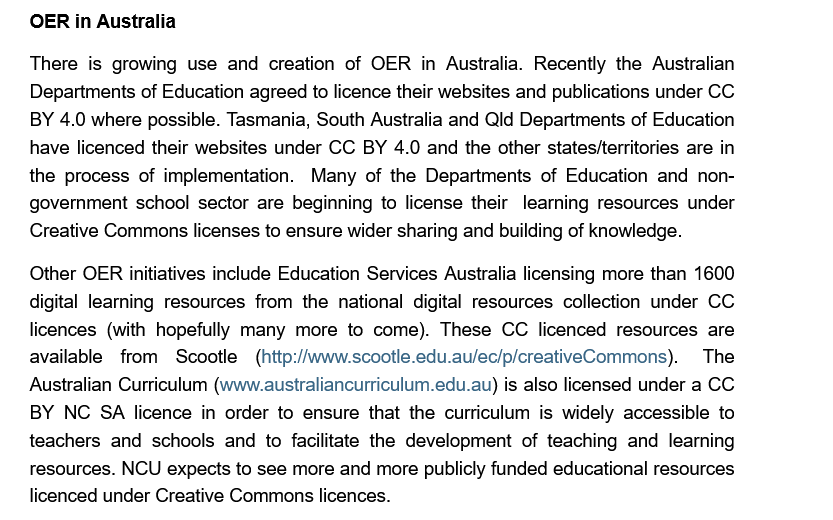
OER in Australia
    There is growing use and creation of OER in Australia. Recently the Australian
    Departments of Education agreed to licence their websites and publications under CC.
    BY 4.0 where possible. Tasmania, South Australia and Qld Departments of Education
    have licenced their websites under CC BY 4.0 and the other states/territories are in
    the process of implementation. Many of the Departments of Education and non-
    government school sector are beginning to license their learning resources under
    Creative Commons licenses to ensure wider sharing and building of knowledge.
    Other OER initiatives include Education Services Australia licensing more than 1600
    digital learning resources from the national digital resources collection under CC
    licences (with hopefully many more to come). These CC licenced resources are
    available from Scootle  (http://www.scootle.edu.au/ec/p/creativeCommons). The
    Australian Curriculum (www.australiancurriculum.edu.au) is also licensed under a CC
    BY NC SA licence  in order to ensure that the curriculum is widely accessible to
    teachers and schools and to facilitate the development of teaching and learning
    resources. NCU expects to see more and more publicly funded educational resources
    licenced under Creative Commons licences.